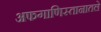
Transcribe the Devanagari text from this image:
अफगाणिस्तानातले